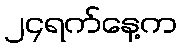
၂၄ရက်နေ့က